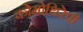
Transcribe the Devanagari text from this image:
कोमोथिरेपी